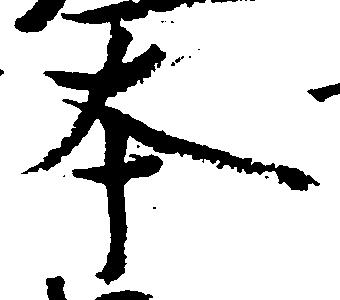
本